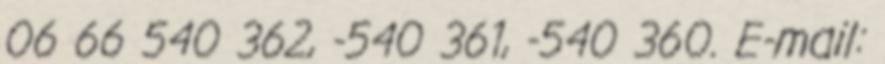
06 66 540 362, -540 361, -540 360. E-mail: